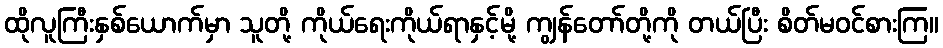
ထိုလူကြီးနှစ်ယောက်မှာ သူတို့ ကိုယ်ရေးကိုယ်ရာနှင့်မို့ ကျွန်တော်တို့ကို တယ်ပြီး စိတ်မဝင်စားကြ။